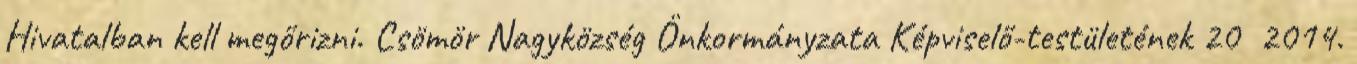
Hivatalban kell megőrizni. Csömör Nagyközség Önkormányzata Képviselő-testületének 20 2014.